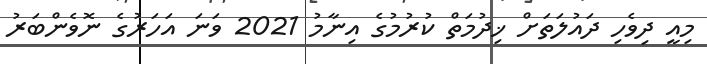
މިއީ ދިވެހި ދައުލަތަށް ޚިދުމަތް ކުރުމުގެ އިނާމު 2021 ވަނަ އަހަރުގެ ނޮވެންބަރު